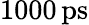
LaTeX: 1000\, \mathrm{ps}